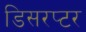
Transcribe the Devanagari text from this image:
डिसरप्टर